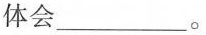
体会\underline。